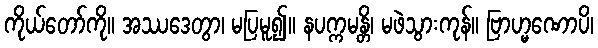
ကိုယ်တော်ကို။ အဿဒေတွာ၊ မပြမူ၍။ နပက္ကမန္တိ၊ မဖဲသွားကုန်။ ဗြာဟ္မဏောပိ၊